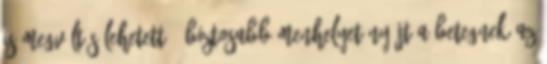
is megváltás lehetett: “biztosabb menhelyet nyújt a betegnek az